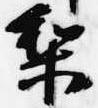
梨